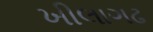
ખીલાગઢ